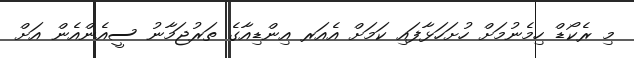
މި ރެކޯޑް ހިމެނުމަށް ހުށަހަޅާފައި ކަމަށް އެއަރ އިންޑިއާގެ ތަރުޖަމާނު ސީއެންއެން އަށް